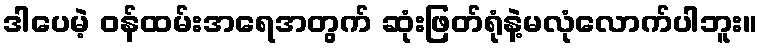
ဒါပေမဲ့ ဝန်ထမ်းအရေအတွက် ဆုံးဖြတ်ရုံနဲ့မလုံလောက်ပါဘူး။